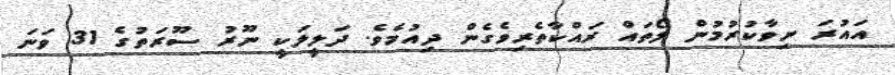
އައުރަ ނިވާކުރުމުން ލޯތައް ރައްކާތެރިވެގެން ދިއުމެވެ. ދަލީލަކީ ނޫރު ސޫރަތުގެ 31 ވަނަ